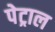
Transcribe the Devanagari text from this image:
पेट्राल